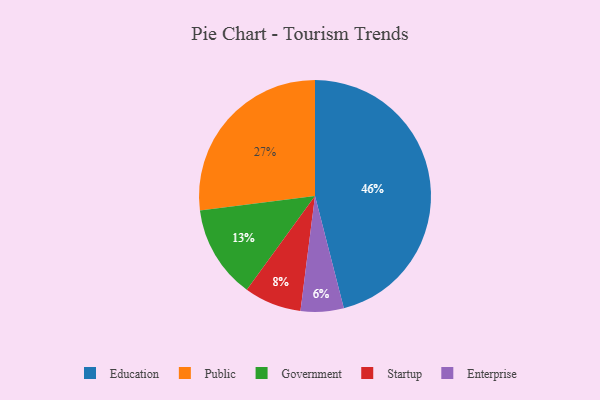
{"axis": {"x": "Category", "y": "Percentage"}, "legend": ["Education", "Enterprise", "Government", "Public", "Startup"], "data": [{"x": "Enterprise", "y": 6, "type": "Enterprise"}, {"x": "Startup", "y": 8, "type": "Startup"}, {"x": "Government", "y": 13, "type": "Government"}, {"x": "Public", "y": 27, "type": "Public"}, {"x": "Education", "y": 46, "type": "Education"}]}